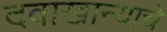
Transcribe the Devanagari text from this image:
दवाखान्याचे